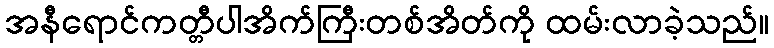
အနီရောင်ကတ္တီပါအိက်ကြီးတစ်အိတ်ကို ထမ်းလာခဲ့သည်။